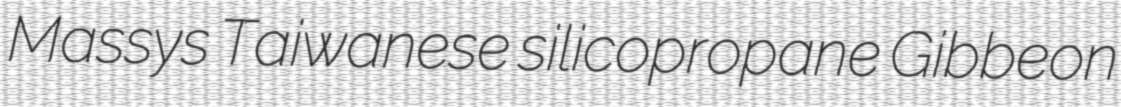
Massys Taiwanese silicopropane Gibbeon